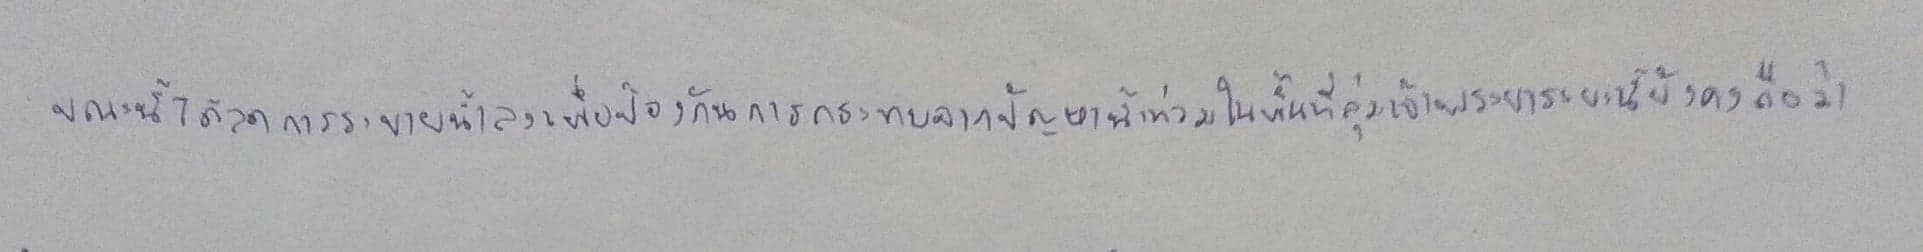
ขณะนี้ได้ลดการระบายน้ำลงเพื่อป้องกันการกระทบจากปัญหาน้ำท่วมในพื้นที่ลุ่มเจ้าพระยาระยะนี้ยังคงถือว่า